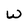
Character: W